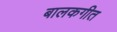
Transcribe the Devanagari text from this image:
बालकगीत